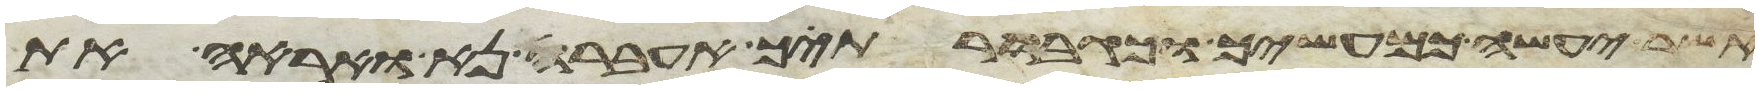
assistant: אשר יעשה כמעשיך וכגבורתיך אעברה נא ואראה את